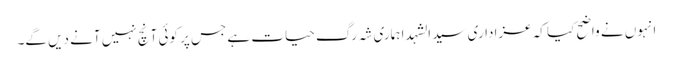
انہوں نے واضح کیا کہ عزاداری سید الشہدا ہماری شہ رگ حیات ہے جس پر کوئی آنچ نہیں آنے دیں گے۔